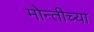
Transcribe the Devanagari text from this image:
मोन्तीच्या